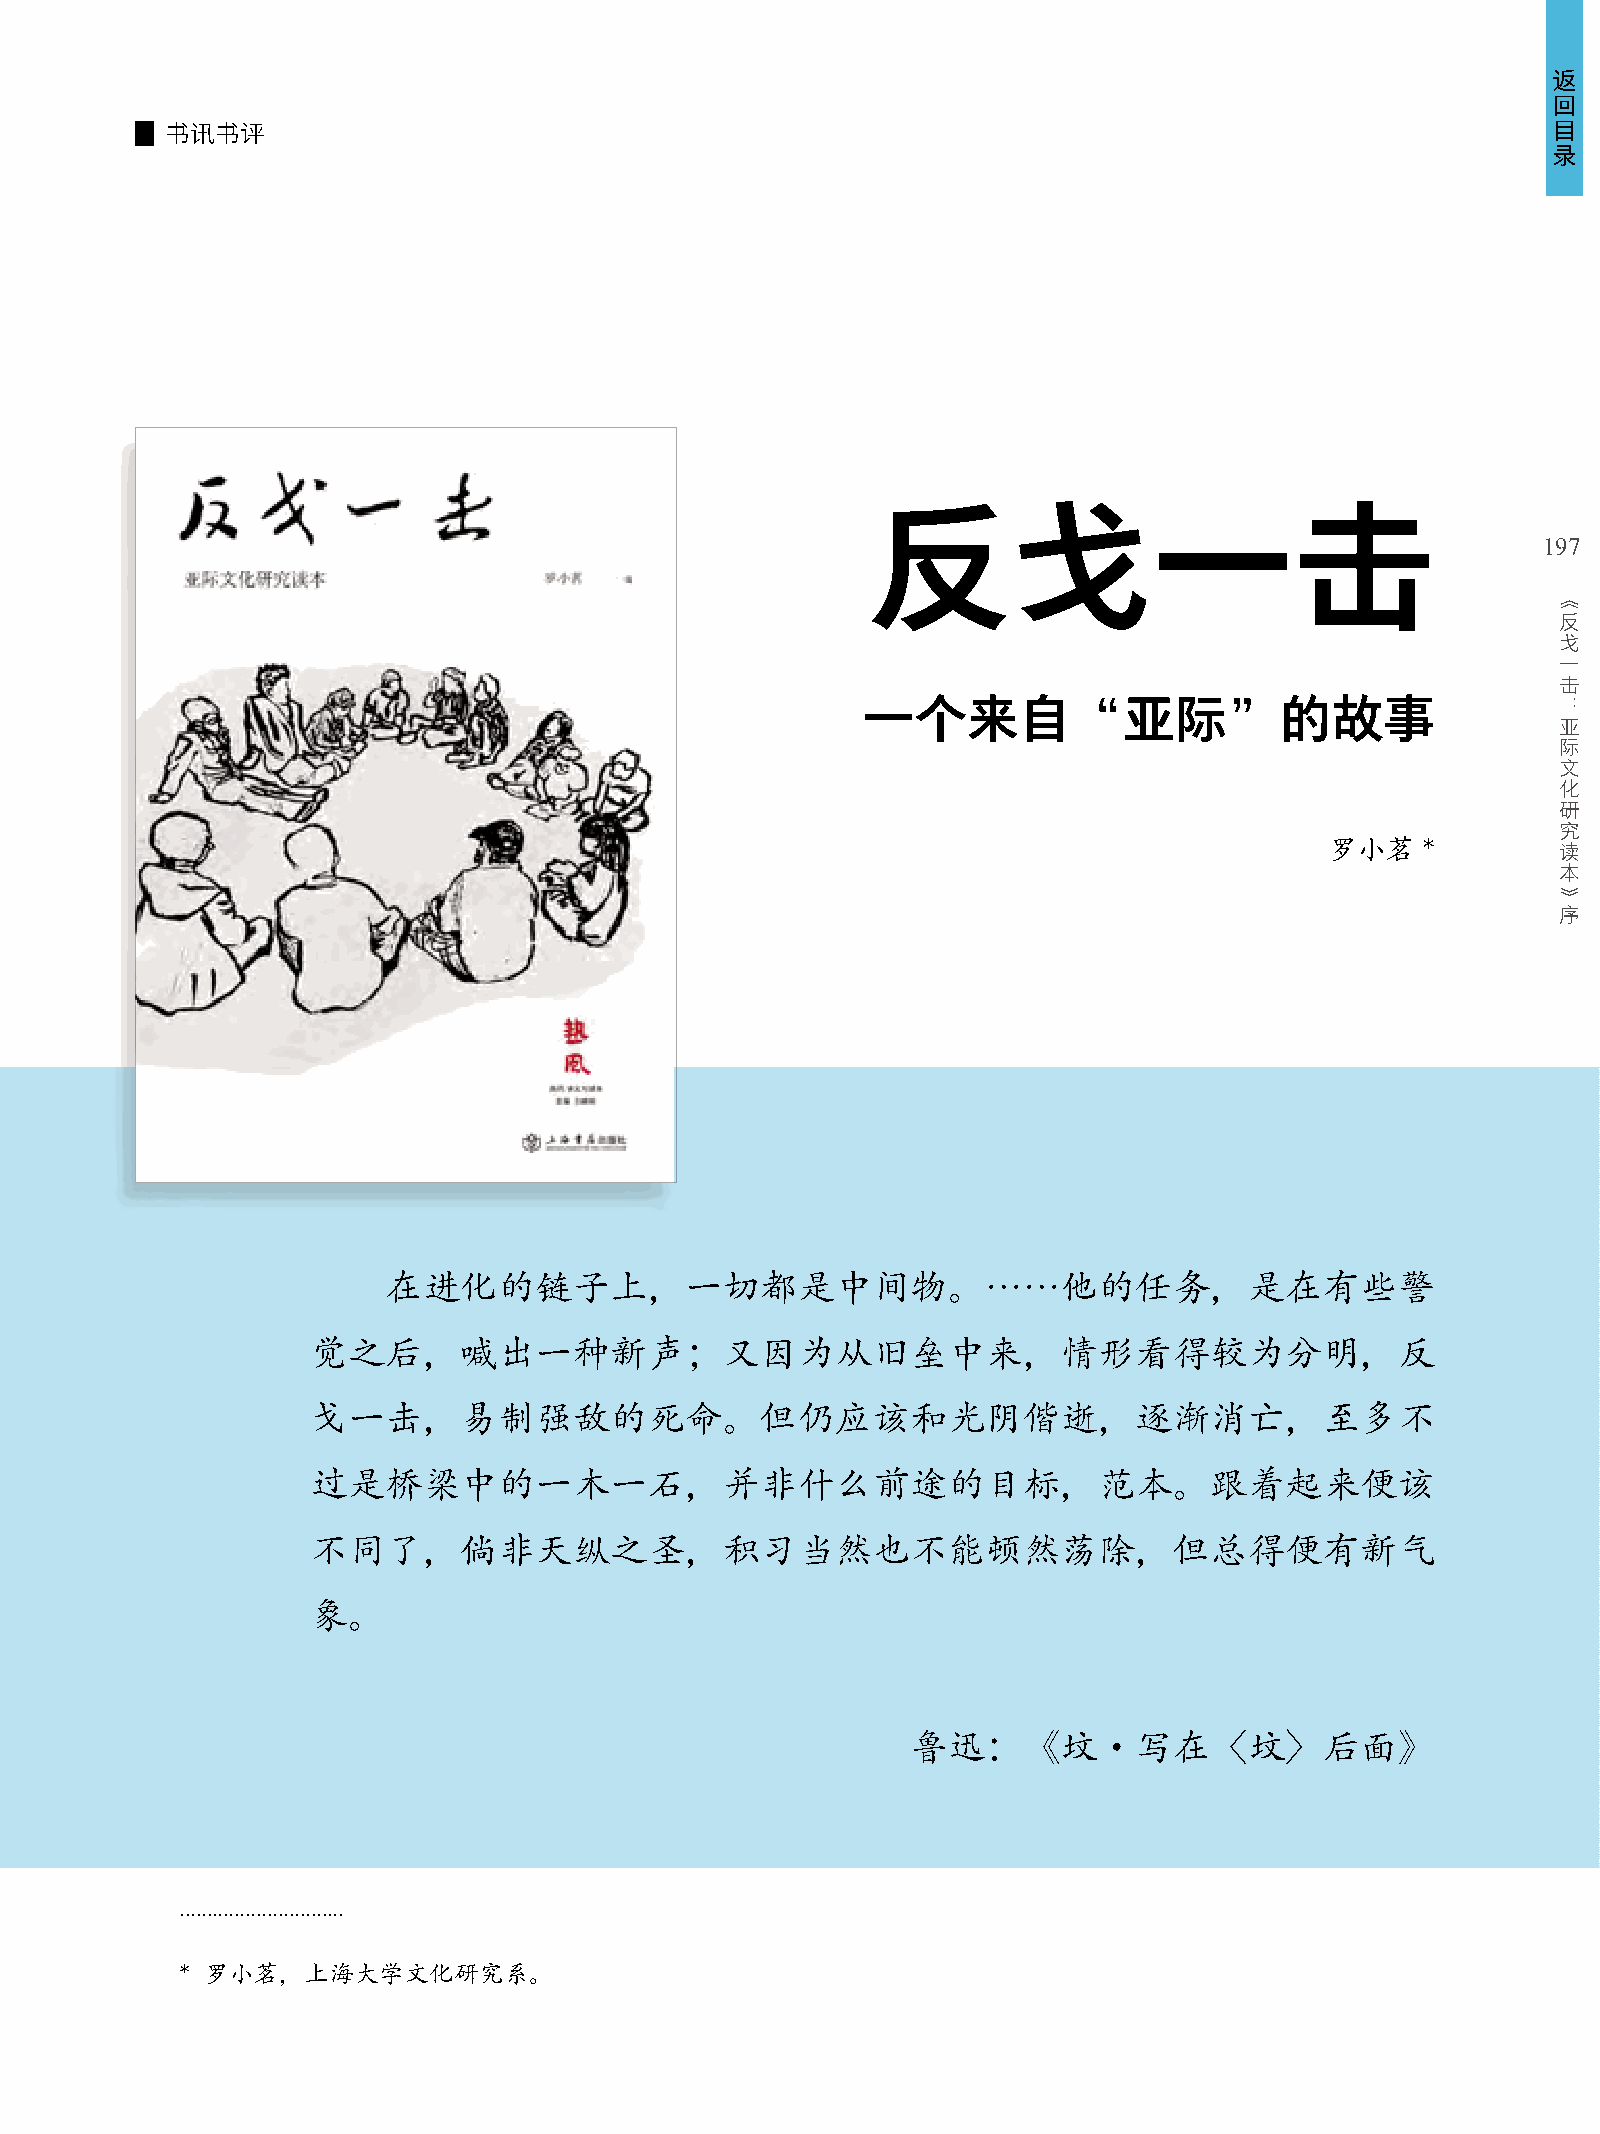
返
 回
 目
 书讯书评
 录
 反戈一击
 197
 《
 反
 戈
 一
 击
 一个来自“亚际”的故事                                   ：
 亚
 际
 文
 化
 研
 究
 罗小茗   *        读
 本
 》
 序
 在进化的链子上，一切都是中间物。……他的任务，是在有些警
 觉之后，喊出一种新声；又因为从旧垒中来，情形看得较为分明，反
 戈一击，易制强敌的死命。但仍应该和光阴偕逝，逐渐消亡，至多不
 过是桥梁中的一木一石，并非什么前途的目标，范本。跟着起来便该
 不同了，倘非天纵之圣，积习当然也不能顿然荡除，但总得便有新气
 象。
 鲁迅：《坟·写在〈坟〉后面》
 ..............................
 * 罗小茗，上海大学文化研究系。